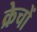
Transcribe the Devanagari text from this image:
क्रेचों